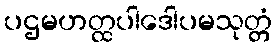
ပဌမဟတ္ထပါဒေါပမသုတ္တံ